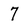
Character: 7